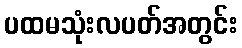
ပထမသုံးလပတ်အတွင်း